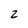
Character: 2